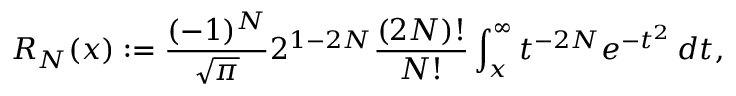
R _ { N } ( x ) : = { \frac { ( - 1 ) ^ { N } } { \sqrt { \pi } } } 2 ^ { 1 - 2 N } { \frac { ( 2 N ) ! } { N ! } } \int _ { x } ^ { \infty } t ^ { - 2 N } e ^ { - t ^ { 2 } } \, d t ,